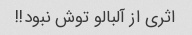
اثری از آلبالو توش نبود!!